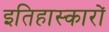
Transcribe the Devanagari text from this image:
इतिहास्कारों